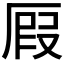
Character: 𠪅